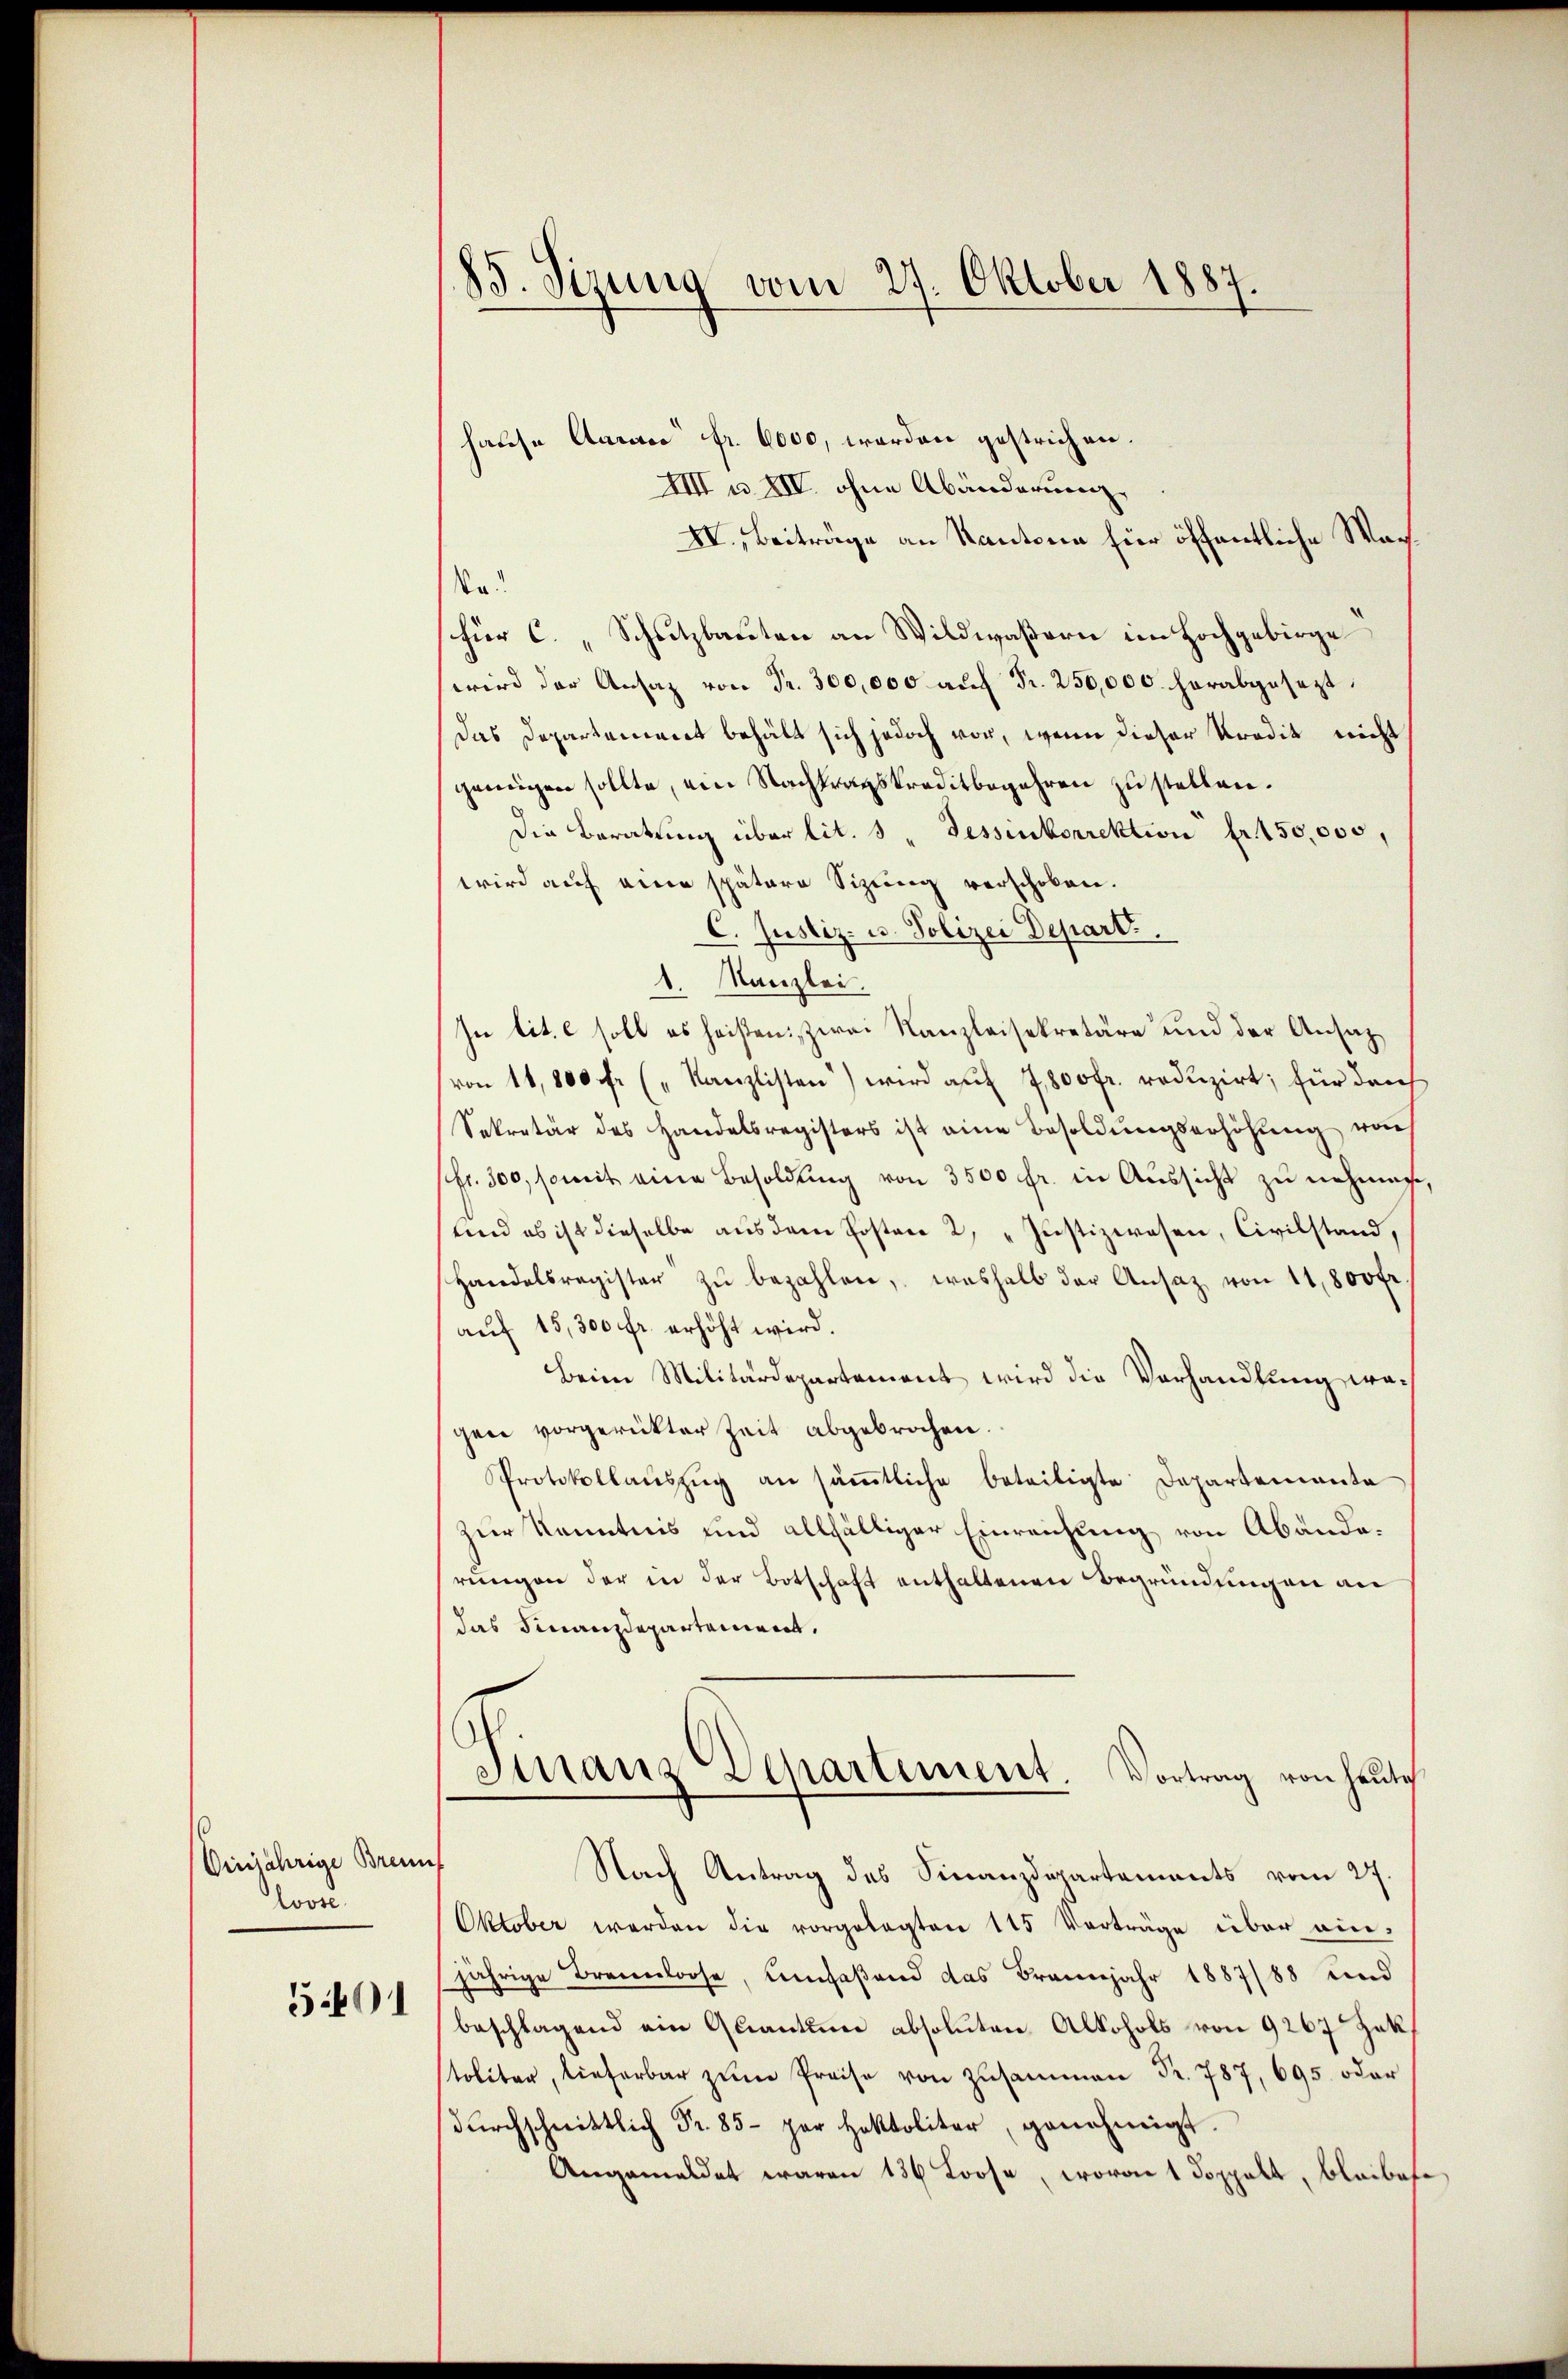
Einjährige Brem
Loose
3401

85. Sirung vom 27. Oktober 1887.

hause Anrace fr. 6000, worden gestrichen.
IIII u. XIV. ohne Abänderung,
XV., Beiträge an Kantone für öffentliche Wach¬
Na!
für C. „Schutzbauten an Wildwaßern im Hochgebirge
wird der Ansaz von Fr. 300,000 auf Fr. 250,000. herabgesetzt.
Das Departement behält sich jedoch vor, wenn dieser Kredit nicht
genügen sollte, ein Nachtragskreditbegehren zu stellen.
Die Beratung über lit. 3. Fessenkorrektion fr. 150,000,
wird auf eine spätere Sizung verschoben.
C. Justiz- u. Polizei Depart.
1. Kanzlei.
In tit. e soll es heißen; zwei Kanzleisekretäre und der Ansatzvon 14,800 ff. (" Kanzlisten) wird auf 7,800 fr. reduzirt; für dan
Sekretär des Handelsregisters ist eine Besoldungserhöhung von
fr. 300, somit eine Besoldŭng von 3500 fr. in Aussicht zu nehmen,
und es ist dieselbe aus dem Posten 2, „ Justizwesen, Civilstand,
Handelsregister zŭ bezahlen, weshalb der Ansatz von 11,800 fr
auf 15,300 fr. erhöht wird.
Beim Militärdepartement wird die Verhandlung wegen vorgerückter Zeit abgebrochen.
Protokollaŭszŭg an säṁtliche beteiligte Departemente
zur Kenntnis und allfälliger Einreichung von Abänderungen der in der Botschaft enthaltenen Begründungen an
das Finanzdepartement.
Finanz Departement. Vortrag von heute
Nach Antrag des Finanzdepartements vom 27.
Oktober werden die vorgelegten 115 Vorträge über ein-
jährige Brennloose, umfaßend das Brannjahr 1887/88 und
beschlagend ein Quantum absoluten Alkohols von 9267 Zak
toliter, lieferbar zŭm Preise von Zŭsammen Fr. 787, 695. oder
dŭrchschnittlich Fr. 85- par Hektoliter, genehmigt.
Angemeldet waren 136 Loose, wovon 1 Doppelt, bleibes¬